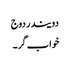
دویندر دوج
خواب گر ۔